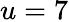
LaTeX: u=7